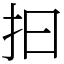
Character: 𢪏